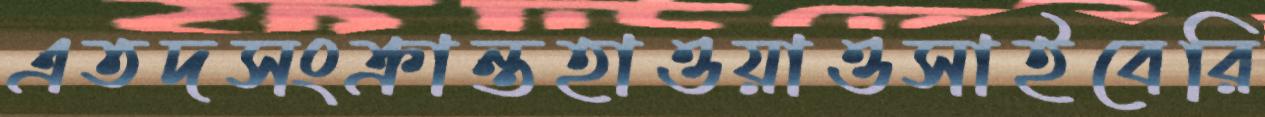
এতদসংক্রান্তহাওয়াওসাইবেরি